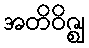
အတိဝိဇ္ဈ